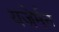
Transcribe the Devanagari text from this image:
यजेर्मन